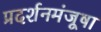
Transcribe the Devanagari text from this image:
प्रदर्शनमंजूषा